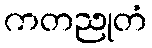
ကတညုတံ